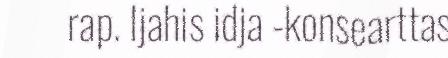
rap. Ijahis idja -konsearttas